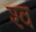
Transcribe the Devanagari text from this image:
श्‍व